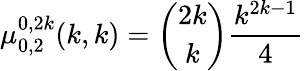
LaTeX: \mu_{0,2}^{0,2k}(k,k)={\binom{2k}{k}}{\frac{k^{2k-1}}{4}}